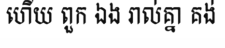
ហើយ ពួក ឯង រាល់គ្នា គង់